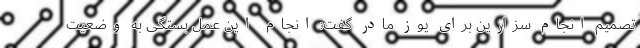
تصمیم انجام سزارین برای یوز مادر گفت: انجام این عمل بستگی به وضعیت